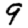
Digit: 9